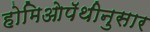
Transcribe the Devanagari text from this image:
होमिओपॅथीनुसार